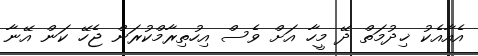
އެއާއެކު ޚިދުމަތް ދޭ މީހާ އަށް ވެސް އިހުތިރާމްކުރަން ޖެހޭ ކަން އޭނާ